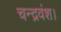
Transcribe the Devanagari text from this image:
चन्द्रवंश।